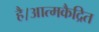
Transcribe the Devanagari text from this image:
है।आत्मकैद्रित